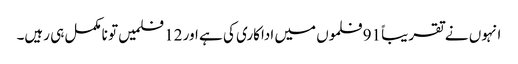
انہوں نے تقریباً 91 فلموں میں اداکاری کی ہے اور 12 فلمیں تو نامکمل ہی رہیں۔